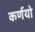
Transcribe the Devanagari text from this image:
कर्णयो